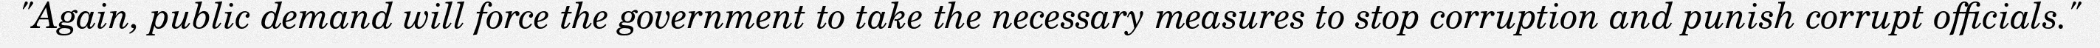
"Again, public demand will force the government to take the necessary measures to stop corruption and punish corrupt officials."